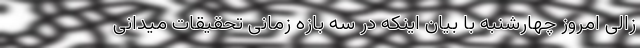
زالی امروز چهارشنبه با بیان اینکه در سه بازه زمانی تحقیقات میدانی